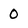
Character: 0